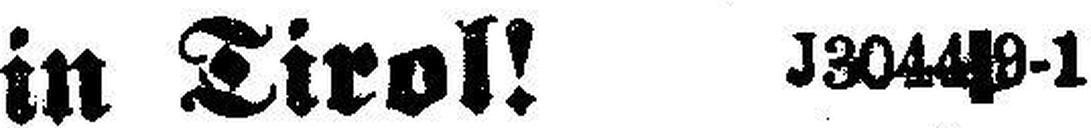
in Tirol! J3044|9-1